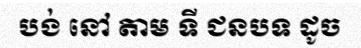
បង់ នៅ តាម ទី ជនបទ ដូច